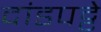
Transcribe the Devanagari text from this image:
दांडपट्टे